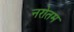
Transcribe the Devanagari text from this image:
नरोतम